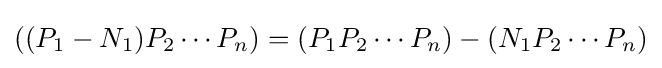
((P_{1}-N_{1})P_{2}\cdots P_{n})=(P_{1}P_{2}\cdots P_{n})-(N_{1}P_{2}\cdots P_{n})